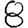
Digit: 8